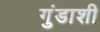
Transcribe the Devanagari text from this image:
गुंडाशी